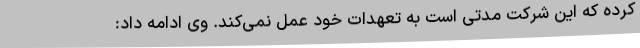
کرده که این شرکت مدتی است به تعهدات خود عمل نمی‌کند. وی ادامه داد: